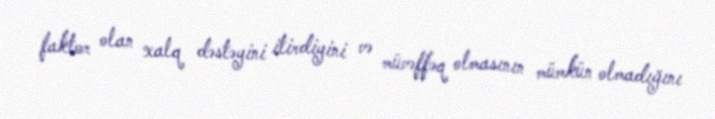
faktor olan xalq dəstəyini itirdiyini və müvəffəq olmasının mümkün olmadığını